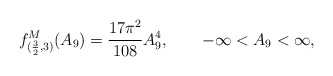
\begin{align*}f^M_{(\frac{3}{2},3)}(A_9)=\frac{17\pi^2}{108}A_9^4, \qquad -\infty <A_9<\infty, \end{align*}